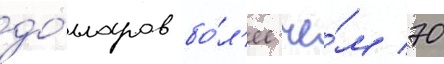
до́лларов бо́л'ее че́м 70